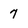
Character: 7